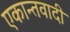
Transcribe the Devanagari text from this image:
एकान्तवादी